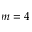
m = 4